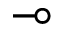
\multimap